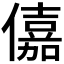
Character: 𠏼